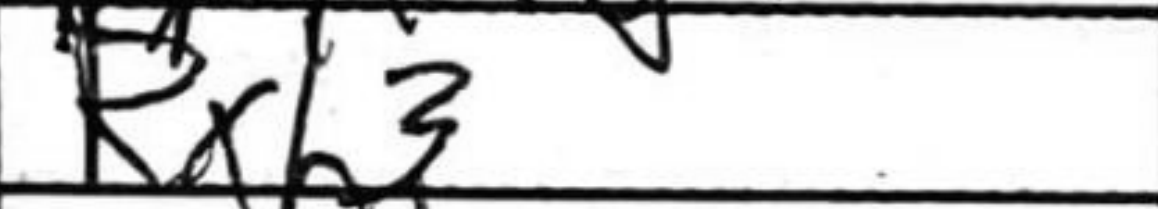
Transcription: Rxh3